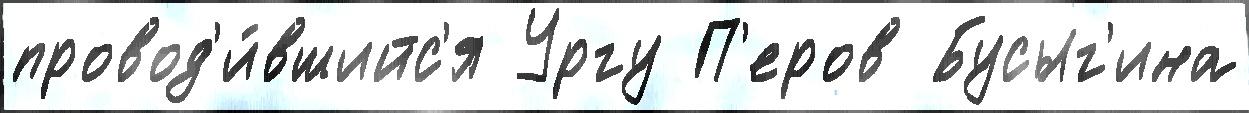
провод'и́вшийс'я Ургу П'еров Бусыг'ина